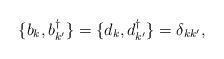
\begin{align*}\{ b_k, b_{k'}^{\dagger} \} = \{ d_k, d_{k'}^{\dagger} \} =\delta_{kk'},\end{align*}